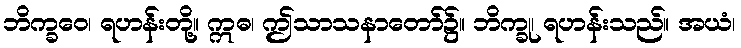
ဘိက္ခဝေ၊ ရဟန်းတို့။ ဣဓ၊ ဤသာသနာတော်၌။ ဘိက္ခု၊ ရဟန်းသည်။ အယံ၊